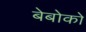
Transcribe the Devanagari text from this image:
बेबोको